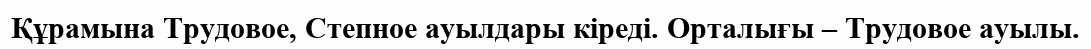
Құрамына Трудовое, Степное ауылдары кіреді. Орталығы – Трудовое ауылы.